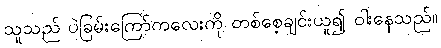
သူသည် ပဲခြမ်းကြော်ကလေးကို တစ်စေ့ချင်းယူ၍ ဝါးနေသည်။